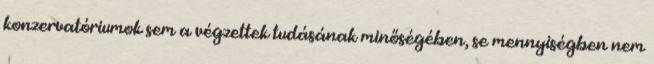
konzervatóriumok sem a végzettek tudásának minőségében, se mennyiségben nem